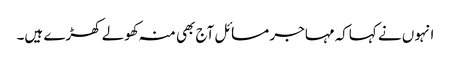
انہوں نے کہاکہ مہاجر مسائل آج بھی منہ کھولے کھڑے ہیں۔